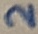
Text: 2